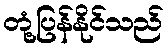
တုံ့ပြန်နိုင်သည်